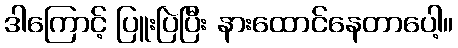
ဒါကြောင့် ပြူးပြဲပြီး နားထောင်နေတာပေါ့။